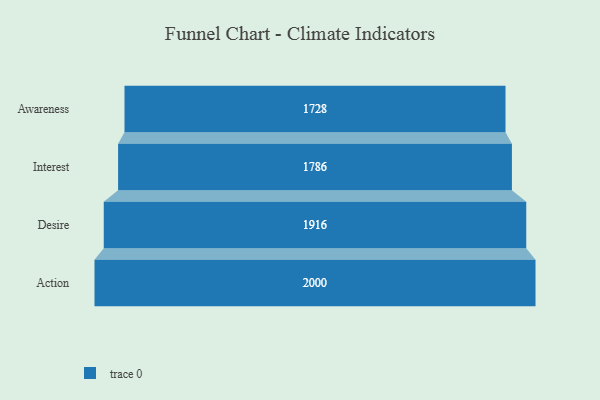
{"axis": {"x": "Stage", "y": "Value"}, "legend": [""], "data": [{"x": "Awareness", "y": 1728.0, "type": ""}, {"x": "Interest", "y": 1786.0, "type": ""}, {"x": "Desire", "y": 1916.0, "type": ""}, {"x": "Action", "y": 2000, "type": ""}]}